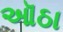
ઑઠા